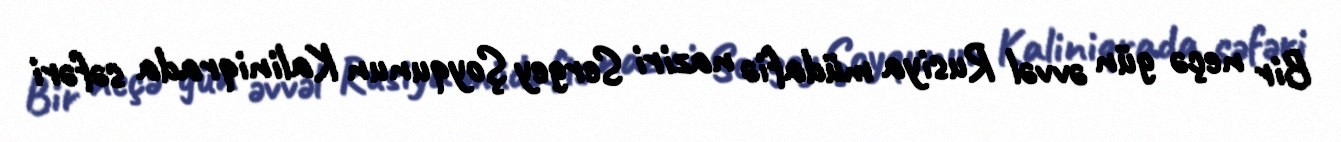
Bir neçə gün əvvəl Rusiya müdafiə naziri Sergey Şoyqunun Kaliniqrada səfəri